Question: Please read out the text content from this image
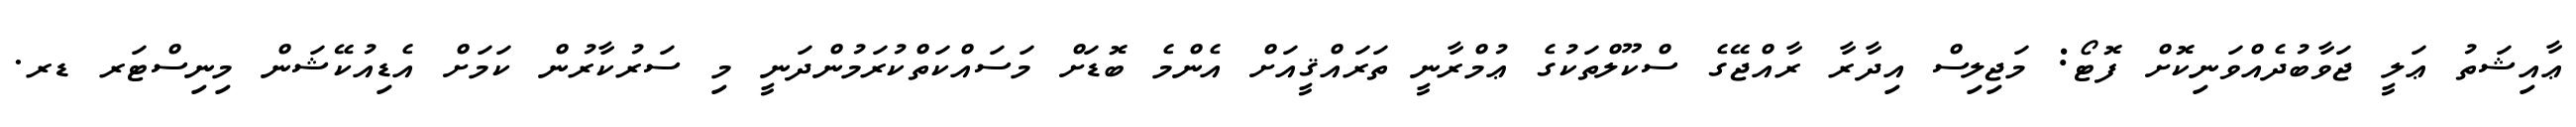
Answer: ޢާއިޝަތު ޢަލީ ޖަވާބުދެއްވަނިކޮށް ފޮޓޯ: މަޖިލިސް އިދާރާ ރާއްޖޭގެ ސްކޫލްތަކުގެ ޢުމްރާނީ ތަރައްޤީއަށް އެންމެ ބޮޑަށް މަސައްކަތްކުރަމުންދަނީ މި ސަރުކާރުން ކަމަށް އެޑިއުކޭޝަން މިނިސްޓަރ ޑރ.